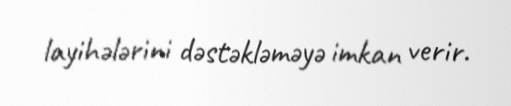
layihələrini dəstəkləməyə imkan verir.